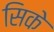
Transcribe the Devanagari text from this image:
सिके